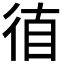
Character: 𰐮